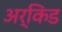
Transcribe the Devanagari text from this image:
अर्किड